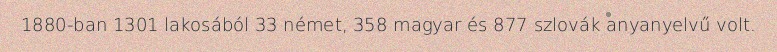
1880-ban 1301 lakosából 33 német, 358 magyar és 877 szlovák anyanyelvű volt.